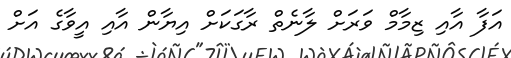
އަފާ އާއި ޒިމާމް ވަރަށް ލާނެތް ރާގަކަށް އިޔާން އާއި އީވާގެ އަށް